Papers set at the Examination for Leaving Certificates, 1894
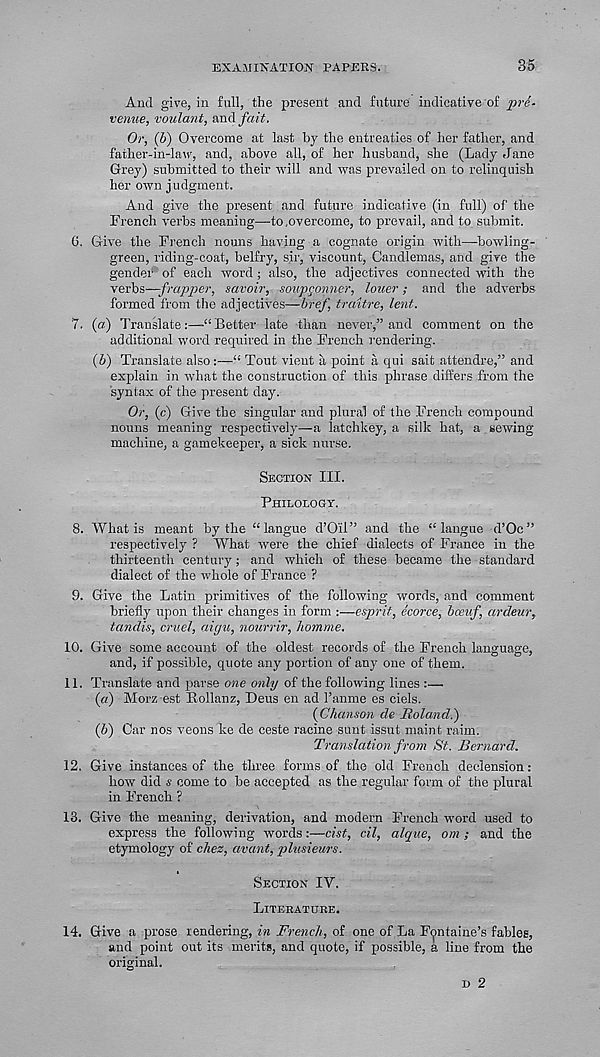
EXAMINATION PAPERS.
35
And give, in full, the present and future indicative of pre-
venue, voulant, mi&fait,
Or, (b) Overcome at last by the entreaties of her father, and
father-in-law, and, above all, of her husband, she (Lady Jane
Grey) submitted to their will and was prevailed on to relinquish
her own judgment.
And give the present and future indicative (in full) of the
French verbs meaning—to .overcome, to prevail, and to submit.
G. Give the French nouns having a cognate origin with—-bowling-
green, riding-coat, belfry, sir, viscount, Candlemas, and give the
gender of each word ; also, the adjectives connected with the
verbs—-frapper, savoir, soupgonner, loner; and the adverbs
formed from the adjectives—href, traitre, lent.
7. («) Translate:—“ Better late than never,” and comment on the
additional word required in the French rendering.
(5) Translate also:—“ Tout vieut a point a qui sait attendre,” and
explain in what the construction of this phrase differs from the
syntax of the present day.
Or, (c) Give the singular and plural of the French compound
nouns meaning respectively—a latchkey, a silk hat, a *ewing
machine, a gamekeeper, a sick nurse.
Section III.
Philology.
8. What is meant by the “ langue d’Oil” and the “ langue d’Oc”
respectively ? What were the chief dialects of France in the
thirteenth century; and which of these became the standard
dialect of the whole of France ?
9. Give the Latin primitives of the following words, and comment
briefly upon their changes in form :—esprit, ecorce, bceuf, ardeur,
tandis, cruel, aigu, nourrir, homme.
10. Give some account of the oldest records of the French language,
and, if possible, quote any portion of any one of them.
11. Translate and parse one only of the following lines :—
(a) Morz est Rollanz, Deus en ad I’anme es ciels.
(Chanson cle Roland.')
(b) Car nos veons ke de ceste racine sunt issut maint raim.
Translation from St. Bernard.
12. Give instances of the three forms of the old French declension:
how did s come to be accepted as the regular form of the plural
in French ?
13. Give the meaning, derivation, and modern French word used to
express the following words:—cist, cil, alque, om ; and the
etymology of chez, avant, plusieurs.
Section IV.
Literature.
14. Give a prose rendering, in French, of one of La Fontaine’s fables,
and point out its merits, and quote, if possible, a line from the
original.